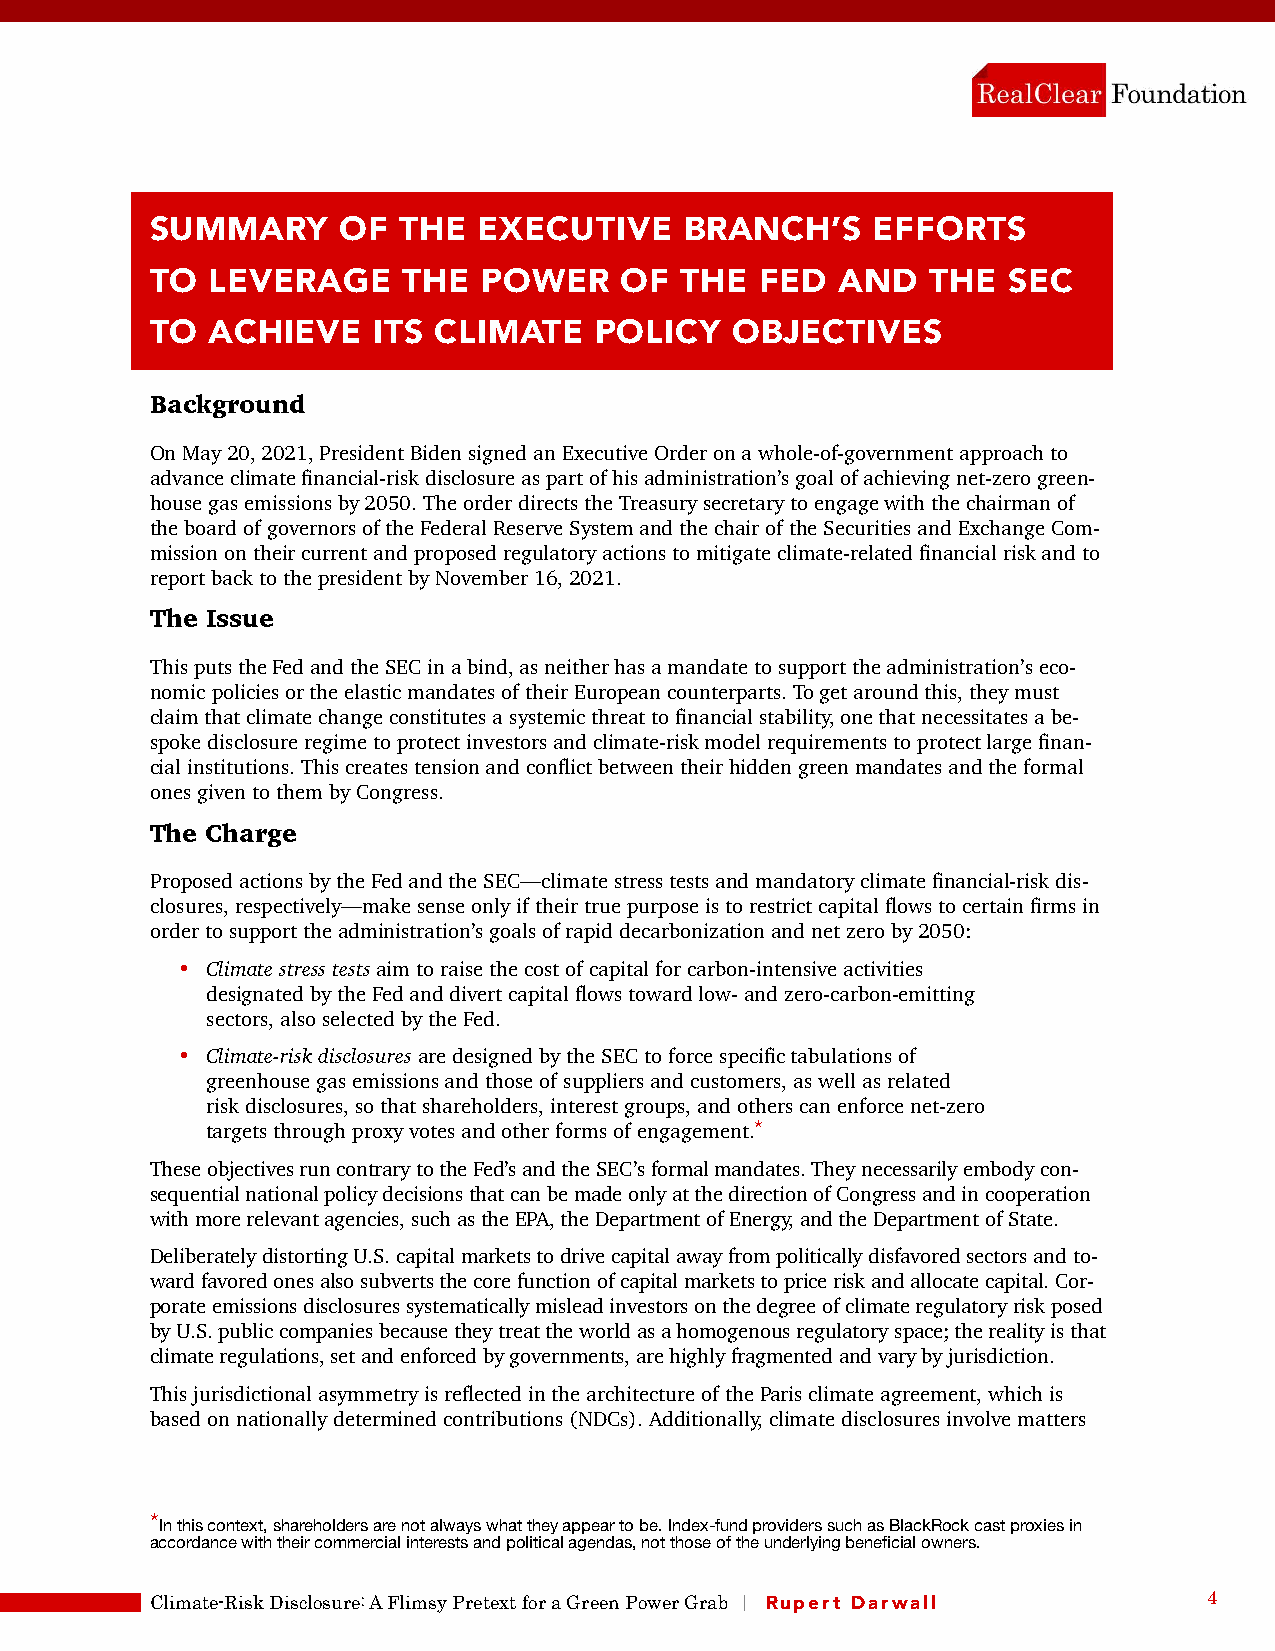
SUMMARY      OF THE   EXECUTIVE    BRANCH’S     EFFORTS
 TO  LEVERAGE     THE  POWER    OF  THE  FED   AND   THE  SEC
 TO  ACHIEVE    ITS CLIMATE   POLICY   OBJECTIVES
 Background
 On May 20, 2021, President Biden signed an Executive Order on a whole-of-government approach to
 advance climate financial-risk disclosure as part of his administration’s goal of achieving net-zero green-
 house gas emissions by 2050. The order directs the Treasury secretary to engage with the chairman of
 the board of governors of the Federal Reserve System and the chair of the Securities and Exchange Com-
 mission on their current and proposed regulatory actions to mitigate climate-related financial risk and to
 report back to the president by November 16, 2021.
 The Issue
 This puts the Fed and the SEC in a bind, as neither has a mandate to support the administration’s eco-
 nomic policies or the elastic mandates of their European counterparts. To get around this, they must
 claim that climate change constitutes a systemic threat to financial stability, one that necessitates a be-
 spoke disclosure regime to protect investors and climate-risk model requirements to protect large finan-
 cial institutions. This creates tension and conflict between their hidden green mandates and the formal
 ones given to them by Congress.
 The Charge
 Proposed actions by the Fed and the SEC—climate stress tests and mandatory climate financial-risk dis-
 closures, respectively—make sense only if their true purpose is to restrict capital flows to certain firms in
 order to support the administration’s goals of rapid decarbonization and net zero by 2050:
 • Climate stress tests aim to raise the cost of capital for carbon-intensive activities
 designated by the Fed and divert capital flows toward low- and zero-carbon-emitting
 sectors, also selected by the Fed.
 • Climate-risk disclosures are designed by the SEC to force specific tabulations of
 greenhouse gas emissions and those of suppliers and customers, as well as related
 risk disclosures, so that shareholders, interest groups, and others can enforce net-zero
 *
 targets through proxy votes and other forms of engagement.
 These objectives run contrary to the Fed’s and the SEC’s formal mandates. They necessarily embody con-
 sequential national policy decisions that can be made only at the direction of Congress and in cooperation
 with more relevant agencies, such as the EPA, the Department of Energy, and the Department of State.
 Deliberately distorting U.S. capital markets to drive capital away from politically disfavored sectors and to-
 ward favored ones also subverts the core function of capital markets to price risk and allocate capital. Cor-
 porate emissions disclosures systematically mislead investors on the degree of climate regulatory risk posed
 by U.S. public companies because they treat the world as a homogenous regulatory space; the reality is that
 climate regulations, set and enforced by governments, are highly fragmented and vary by jurisdiction.
 This jurisdictional asymmetry is reflected in the architecture of the Paris climate agreement, which is
 based on nationally determined contributions (NDCs). Additionally, climate disclosures involve matters
 *
 In this context, shareholders are not always what they appear to be. Index-fund providers such as BlackRock cast proxies in
 accordance with their commercial interests and political agendas, not those of the underlying beneficial owners.
 Climate-Risk Disclosure: A Flimsy Pretext for a Green Power Grab | Rupert Darwall 4